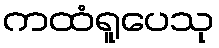
ကထံရူပေသု